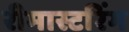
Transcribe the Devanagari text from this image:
रीमास्टरिंग